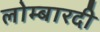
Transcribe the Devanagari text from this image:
लोम्बारदी